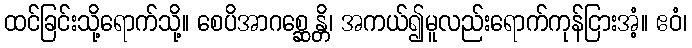
ထင်ခြင်းသို့ရောက်သို့။ စေပိအာဂစ္ဆေန္တိ၊ အကယ်၍မူလည်းရောက်ကုန်ငြားအံ့။ ဧဝံ၊